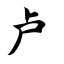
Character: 卢